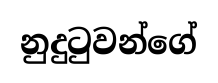
නුදුටුවන්ගේ